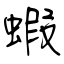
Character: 蝦